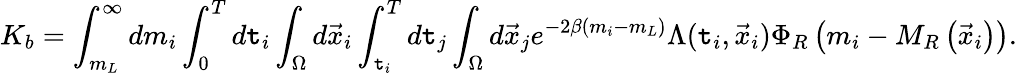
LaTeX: K_{b}=\int_{m_{L}}^{\infty}dm_{i}\int_{0}^{T}d\mathtt{t}_{i}\int_{\Omega}d\vec{{x}}_{i}\int_{\mathtt{t}_{i}}^{T}d\mathtt{t}_{j}\int_{\Omega}d\vec{{x}}_{j}e^{-2\beta(m_{i}-m_{L})}\Lambda(\mathtt{t}_{i},\vec{{x}}_{i})\Phi_{R}\left(m_{i}-M_{R}\left(\vec{{x}}_{i}\right)\right).